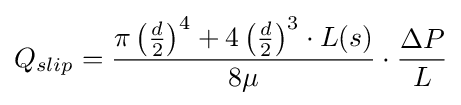
Q_{slip}={\frac {\pi \left({\tfrac {d}{2}}\right)^{4}+4\left({\tfrac {d}{2}}\right)^{3}\cdot L(s)}{8\mu }}\cdot {\frac {\Delta P}{L}}